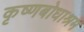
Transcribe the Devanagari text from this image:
कृष्णबोधाश्रम